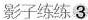
影子练练3